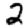
Digit: 2